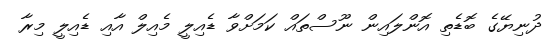
ދުނިޔޭގެ ބޮޑެތި އޮންލައިން ނޫސްތައް ކަމަށްވާ ޑެއިލީ މެއިލް އާއި ޑެއިލީ މިރާ